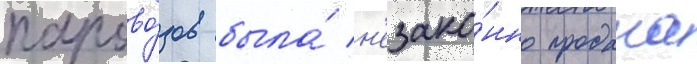
парово́зов была́ н'езако́нно продана